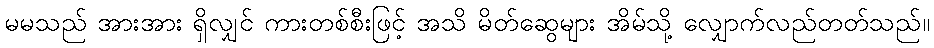
မမသည် အားအား ရှိလျှင် ကားတစ်စီးဖြင့် အသိ မိတ်ဆွေများ အိမ်သို့ လျှောက်လည်တတ်သည်။